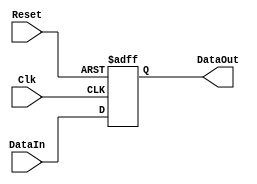
module RegB_module (
    input[7:0] DataIn, input Clk, Reset,
    output reg[7:0] DataOut
);
    initial begin
        DataOut = 8'b1;
    end
    
    always @(posedge Clk or posedge Reset) begin
        if (Reset) begin
            DataOut[7:0] = 8'b1;
        end
        else begin
            DataOut[7:0] = DataIn[7:0];
        end
    end
endmodule